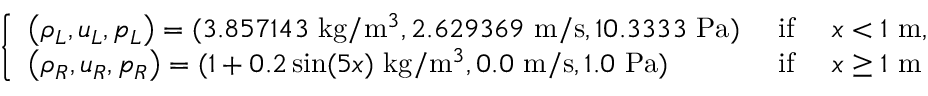
\left\{ \begin{array} { l l l } { \left( \rho _ { L } , u _ { L } , p _ { L } \right) = ( 3 . 8 5 7 1 4 3 \mathrm { ~ k g } / \mathrm { m } ^ { 3 } , 2 . 6 2 9 3 6 9 \mathrm { ~ m } / \mathrm { s } , 1 0 . 3 3 3 3 \mathrm { ~ P a } ) } & { \mathrm { ~ i f ~ } } & { x < 1 \mathrm { ~ m } , } \\ { \left( \rho _ { R } , u _ { R } , p _ { R } \right) = ( 1 + 0 . 2 \sin ( 5 x ) \mathrm { ~ k g } / \mathrm { m } ^ { 3 } , 0 . 0 \mathrm { ~ m } / \mathrm { s } , 1 . 0 \mathrm { ~ P a } ) } & { \mathrm { ~ i f ~ } } & { x \geq 1 \mathrm { ~ m } } \end{array} \right.